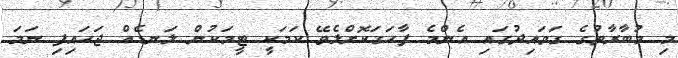
މި މުބާރާތުގެ ގަވައިދުގައި އެންމެ ފާހަގަކޮށްލެވޭ ކަމަކީ ޓީމަކުން ލަނޑެއް ޖަހައިފި ނަމަ